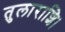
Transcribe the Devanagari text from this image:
तुलाराशि।